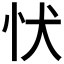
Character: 𢗗